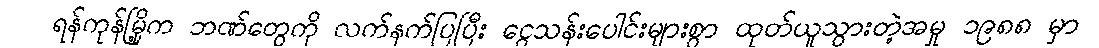
ရန်ကုန်မြို့က ဘဏ်တွေကို လက်နက်ပြပြီး ငွေသန်းပေါင်းများစွာ ထုတ်ယူသွားတဲ့အမှု ၁၉၈၈ မှာ